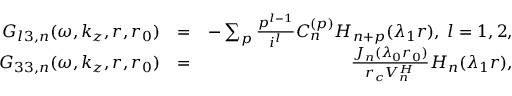
\begin{array} { r l r } { G _ { l 3 , n } ( \omega , k _ { z } , r , r _ { 0 } ) } & { = } & { - \sum _ { p } \frac { p ^ { l - 1 } } { i ^ { l } } C _ { n } ^ { ( p ) } H _ { n + p } ( \lambda _ { 1 } r ) , \; l = 1 , 2 , } \\ { G _ { 3 3 , n } ( \omega , k _ { z } , r , r _ { 0 } ) } & { = } & { \frac { J _ { n } ( \lambda _ { 0 } r _ { 0 } ) } { r _ { c } V _ { n } ^ { H } } H _ { n } ( \lambda _ { 1 } r ) , } \end{array}